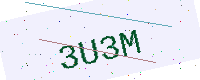
Text: 3U3M